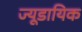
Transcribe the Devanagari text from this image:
ज्यूडायिक